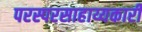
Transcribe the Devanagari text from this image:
परस्परसाहाय्यकारी